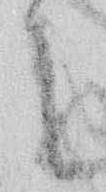
に